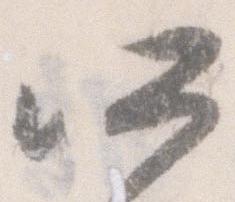
所